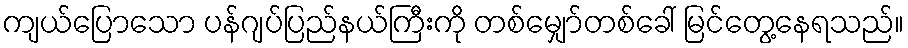
ကျယ်ပြောသော ပန်ဂျပ်ပြည်နယ်ကြီးကို တစ်မျှော်တစ်ခေါ် မြင်တွေ့နေရသည်။